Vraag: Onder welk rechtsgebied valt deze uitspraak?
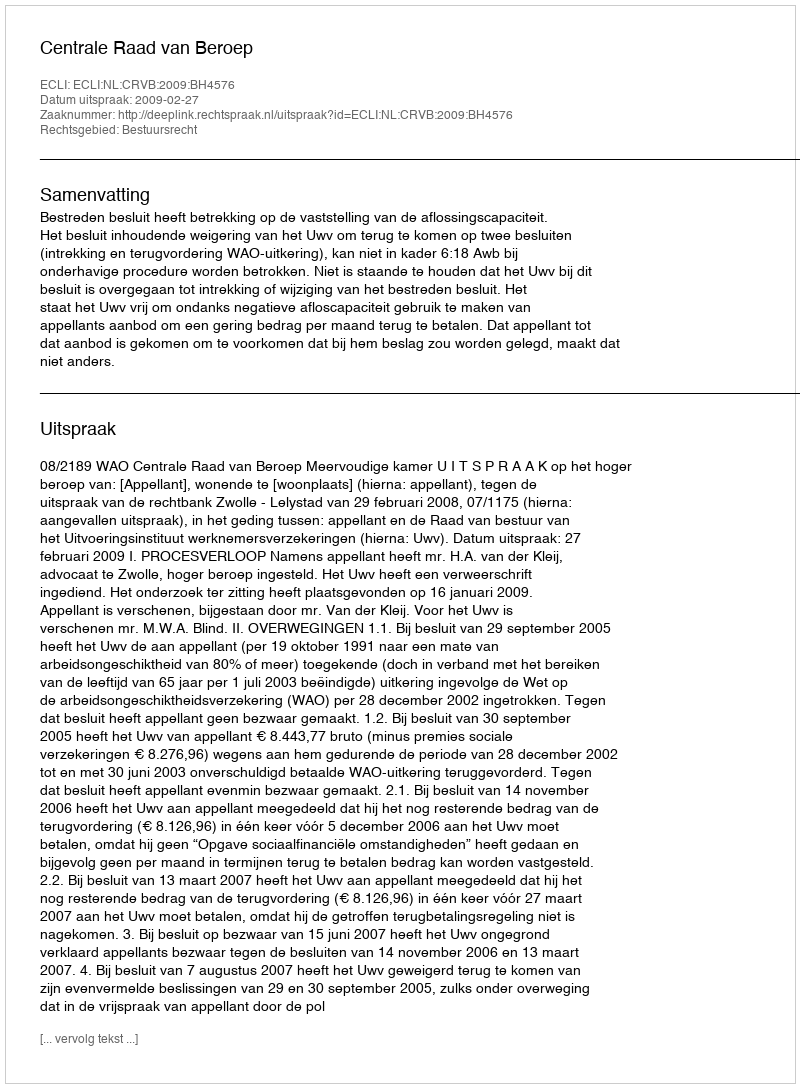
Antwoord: Bestuursrecht